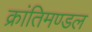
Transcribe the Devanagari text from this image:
क्रांतिमण्डल